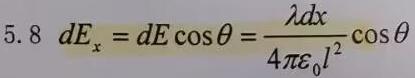
\[ 5.8\ dE_x = dE\cos\theta = \frac{\lambda dx}{4\pi\varepsilon_0 l^2}\cos\theta \]